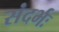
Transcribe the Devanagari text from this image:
संदर्भः